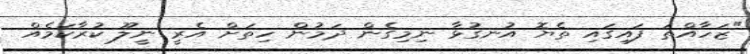
"ޒަހާއްތަ ފައިގައި ތެޔޮ އުނގުޅާ ނިމިގެން ދަމުން ހިތަށް އެރީ ނީލޫ ކުރާކަމެއް